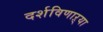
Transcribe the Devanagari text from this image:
दर्शविणाऱ्या